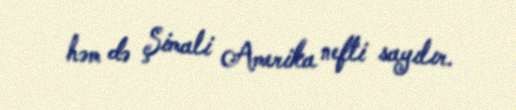
həm də Şimali Amerika nefti sayılır.